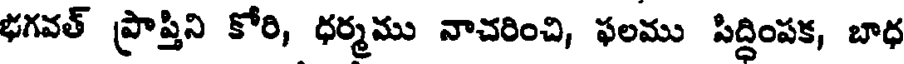
భగవత్ ప్రాప్తిని కోరి, ధర్మము నాచరించి, ఫలము సిద్దింపక, బాధ